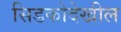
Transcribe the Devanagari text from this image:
सिडकोदेखील